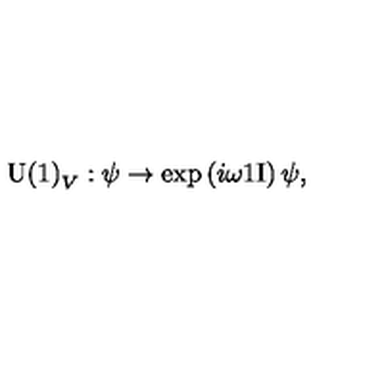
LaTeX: \mathrm { U ( 1 ) } _ { V } : \psi \rightarrow \exp \left( i \omega \mathrm { 1 I } \right) \psi ,